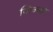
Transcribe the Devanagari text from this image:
जिन्‍ना